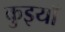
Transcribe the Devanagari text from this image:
कुइयाँ